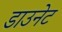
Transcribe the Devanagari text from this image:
डाउनेट